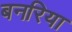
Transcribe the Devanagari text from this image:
बनरिया